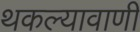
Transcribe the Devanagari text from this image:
थकल्यावाणी